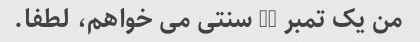
من یک تمبر 20 سنتی می خواهم، لطفا.